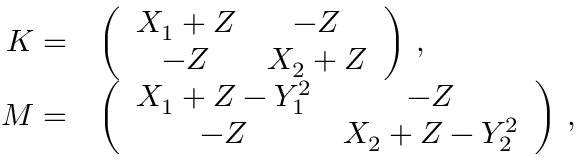
\begin{array} { r l } { \boldsymbol { K } = } & { \left( \begin{array} { c c } { X _ { 1 } + Z } & { - Z } \\ { - Z } & { X _ { 2 } + Z } \end{array} \right) \, , } \\ { \boldsymbol { M } = } & { \left( \begin{array} { c c } { X _ { 1 } + Z - Y _ { 1 } ^ { 2 } } & { - Z } \\ { - Z } & { X _ { 2 } + Z - Y _ { 2 } ^ { 2 } } \end{array} \right) \, , } \end{array}